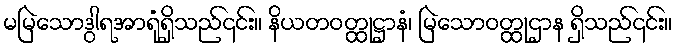
မမြဲသောဒွါရအာရုံရှိသည်၎င်း။ နိယတဝတ္ထုဋ္ဌာနံ၊ မြဲသောဝတ္ထုဌာန ရှိသည်၎င်း။